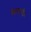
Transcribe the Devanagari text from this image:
बेंडस्ट्रक्ट्रेन